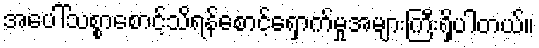
အပေါ်သစ္စာစောင့်သိရန်စောင့်ရှောက်မှုအများကြီးရှိပါတယ်။